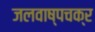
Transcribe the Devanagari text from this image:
जलवाष्पचक्र